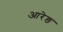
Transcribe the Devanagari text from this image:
आरेङ